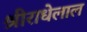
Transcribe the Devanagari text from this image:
श्रीराधेलाल